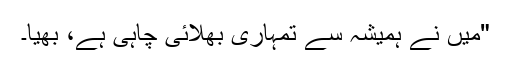
"میں نے ہمیشہ سے تمہاری بھلائی چاہی ہے، بھیا۔